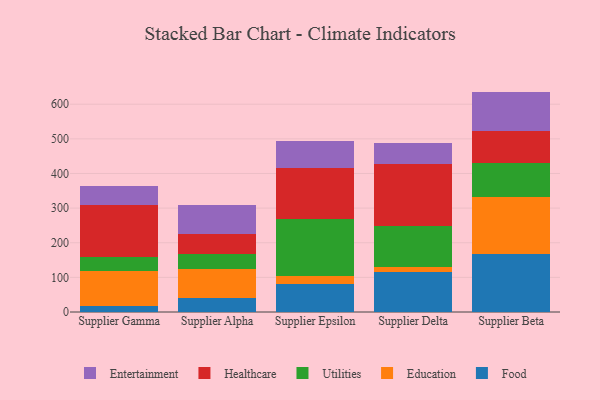
{"axis": {"x": "Supplier", "y": "Active Users"}, "legend": ["Education", "Entertainment", "Food", "Healthcare", "Utilities"], "data": [{"x": "Supplier Gamma", "y": 17.7, "type": "Food"}, {"x": "Supplier Gamma", "y": 99.8, "type": "Education"}, {"x": "Supplier Gamma", "y": 40.6, "type": "Utilities"}, {"x": "Supplier Gamma", "y": 149.6, "type": "Healthcare"}, {"x": "Supplier Gamma", "y": 56.6, "type": "Entertainment"}, {"x": "Supplier Alpha", "y": 40.2, "type": "Food"}, {"x": "Supplier Alpha", "y": 83.0, "type": "Education"}, {"x": "Supplier Alpha", "y": 43.7, "type": "Utilities"}, {"x": "Supplier Alpha", "y": 57.1, "type": "Healthcare"}, {"x": "Supplier Alpha", "y": 84.0, "type": "Entertainment"}, {"x": "Supplier Epsilon", "y": 81.2, "type": "Food"}, {"x": "Supplier Epsilon", "y": 22.6, "type": "Education"}, {"x": "Supplier Epsilon", "y": 166.1, "type": "Utilities"}, {"x": "Supplier Epsilon", "y": 145.7, "type": "Healthcare"}, {"x": "Supplier Epsilon", "y": 77.9, "type": "Entertainment"}, {"x": "Supplier Delta", "y": 116.3, "type": "Food"}, {"x": "Supplier Delta", "y": 13.7, "type": "Education"}, {"x": "Supplier Delta", "y": 117.8, "type": "Utilities"}, {"x": "Supplier Delta", "y": 179.7, "type": "Healthcare"}, {"x": "Supplier Delta", "y": 59.2, "type": "Entertainment"}, {"x": "Supplier Beta", "y": 168.6, "type": "Food"}, {"x": "Supplier Beta", "y": 164.8, "type": "Education"}, {"x": "Supplier Beta", "y": 97.8, "type": "Utilities"}, {"x": "Supplier Beta", "y": 91.6, "type": "Healthcare"}, {"x": "Supplier Beta", "y": 113.6, "type": "Entertainment"}]}